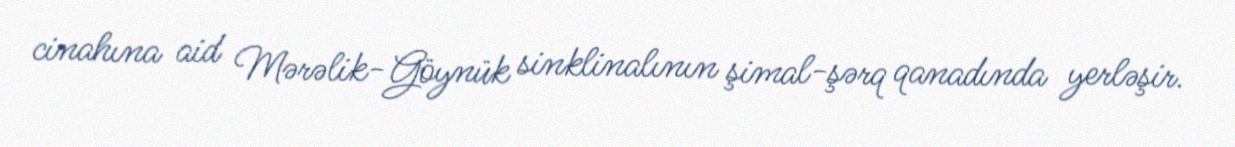
cinahına aid Mərəlik-Göynük sinklinalının şimal-şərq qanadında yerləşir.